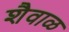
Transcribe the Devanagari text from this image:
शैवाळ